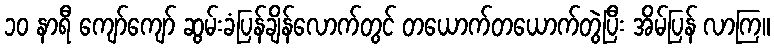
၁၀ နာရီ ကျော်ကျော် ဆွမ်းခံပြန်ချိန်လောက်တွင် တယောက်တယောက်တွဲပြီး အိမ်ပြန် လာကြ။